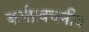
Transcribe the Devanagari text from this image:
कर्मप्रवचनीय